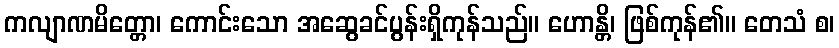
ကလျာဏမိတ္တော၊ ကောင်းသော အဆွေခင်ပွန်းရှိကုန်သည်။ ဟောန္တိ၊ ဖြစ်ကုန်၏။ တေသံ စ၊